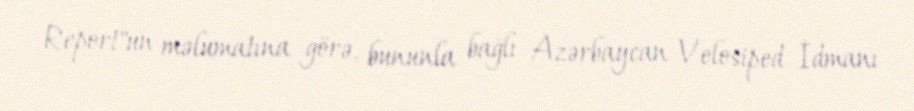
Report"un məlumatına görə, bununla bağlı Azərbaycan Velosiped İdmanı